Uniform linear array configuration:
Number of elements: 8
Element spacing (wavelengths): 0.25
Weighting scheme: blackman
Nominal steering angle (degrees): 0
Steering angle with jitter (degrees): -1.329
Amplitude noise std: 0.05
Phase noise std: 0.05

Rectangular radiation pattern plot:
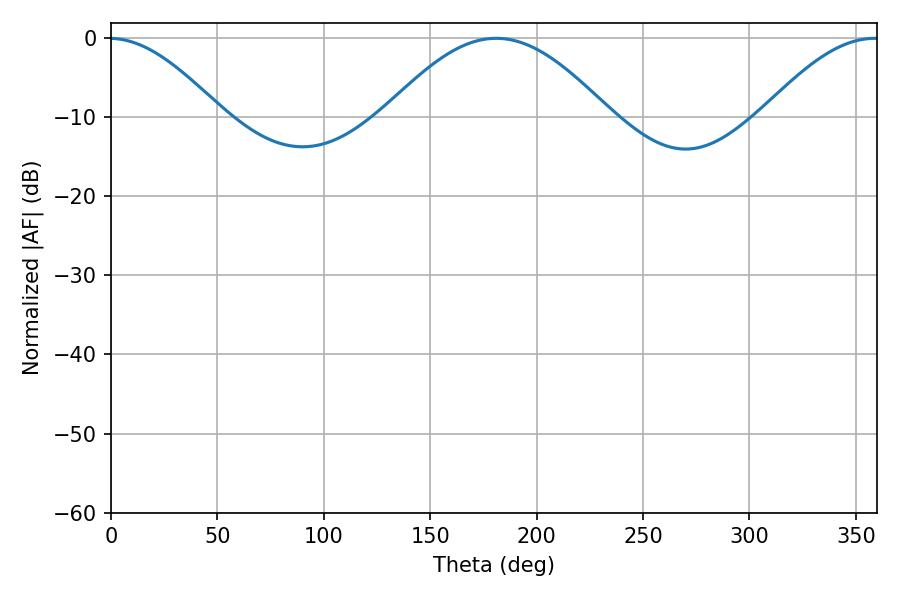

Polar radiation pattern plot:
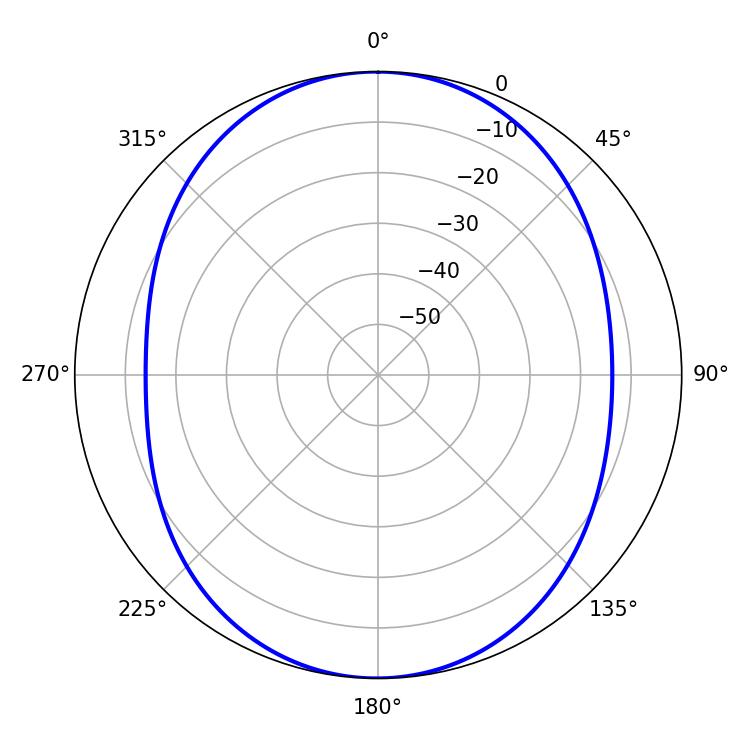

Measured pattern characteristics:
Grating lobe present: FALSE
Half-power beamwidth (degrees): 56.88
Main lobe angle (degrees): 181.08